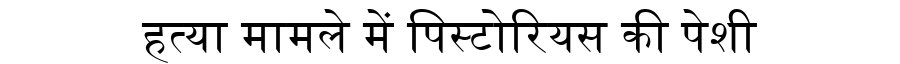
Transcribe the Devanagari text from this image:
हत्या मामले में पिस्टोरियस की पेशी